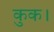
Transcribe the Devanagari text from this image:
कुक।